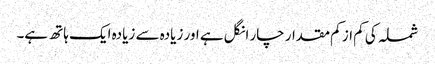
شملہ کی کم از کم مقدار چار انگل ہے اور زیادہ سے زیادہ ایک ہاتھ ہے۔